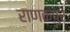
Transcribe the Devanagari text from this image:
राणकपुर